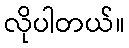
လိုပါတယ်။